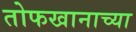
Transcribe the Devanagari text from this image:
तोफखानाच्या